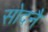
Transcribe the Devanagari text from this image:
सोदनै